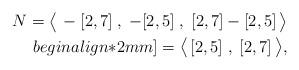
LaTeX: \begin{align*} N = \big\langle\, - [ 2,7 ] \;,\; - [ 2,5 ] \;,\; [ 2,7 ] - [ 2,5 ] \,\big\rangle \\begin{align*}2mm] = \big\langle\, [ 2,5 ] \;,\; [ 2,7 ] \,\big\rangle,\end{align*}